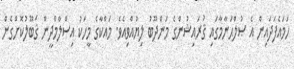
ހަމައެފަދައިން އެ ޞުލްޙަނާމާގައި ޤުރައިޝުންގެ މަންދޫބު ލިޔުއްވިއެވެ. މައްކާގެ މީހަކު އިސްލާމްދީން ޤަބޫލުކޮށްގެން